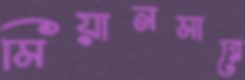
মিয়ানমারে